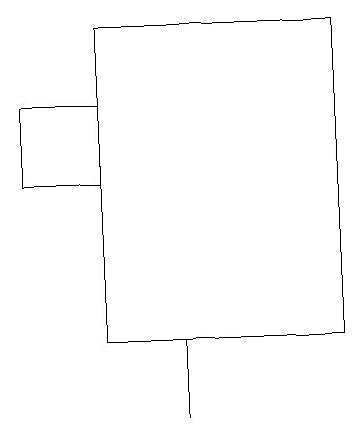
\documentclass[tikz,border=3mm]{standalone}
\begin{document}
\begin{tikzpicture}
\draw (2,16) rectangle (3,15);
\draw (3,17) rectangle (6,13);
\draw (4,13) rectangle (4,12);
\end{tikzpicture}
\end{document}